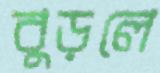
বুড়লে